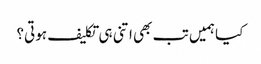
کیا ہمیں تب بھی اتنی ہی تکلیف ہوتی؟